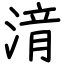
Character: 湇